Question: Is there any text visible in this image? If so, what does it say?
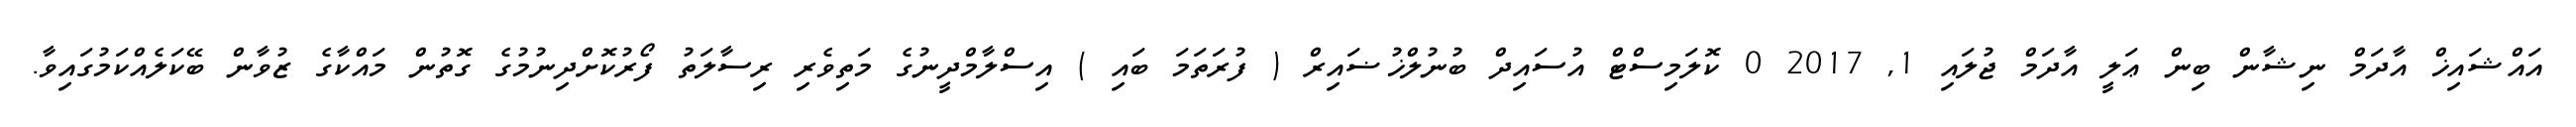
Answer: އައްޝައިޚް އާދަމް ނިޝާން ބިން ޢަލީ އާދަމް ޖުލައި 1, 2017 0 ކޮލަމިސްޓް އުސައިދް ބުނުލްޚުޟައިރް ( ފުރަތަމަ ބައި ) އިސްލާމްދީނުގެ މަތިވެރި ރިސާލަތު ފޯރުކޮށްދިނުމުގެ ގޮތުން މައްކާގެ ޒުވާން ބޭކަލެއްކަމުގައިވާ.